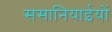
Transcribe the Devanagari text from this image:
ससानियाईयों